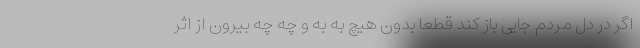
اگر در دل مردم جایی باز کند قطعا بدون هیچ به به و چه چه بیرون از اثر